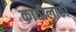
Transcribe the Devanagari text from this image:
काठीलाठी